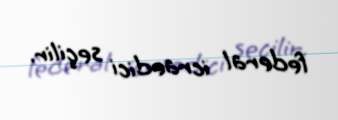
federal icraedici seçilir.